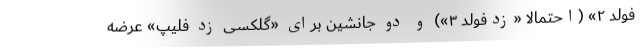
فولد ۲» (احتمالاً «زدفولد ۳») و دو جانشین برای «گلکسی زد فلیپ» عرضه